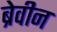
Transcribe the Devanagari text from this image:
ब्रेवीन